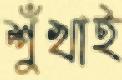
শুঁখাই